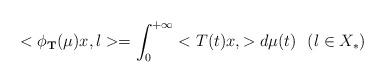
LaTeX: \begin{align*} <\phi_{\bf T}(\mu)x,l>=\int_0^{+\infty}<T(t)x,>d\mu(t) \ \ (l\in X_*)\end{align*}